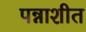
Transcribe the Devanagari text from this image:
पन्नाशीत